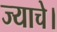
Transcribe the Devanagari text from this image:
ज्याचे।